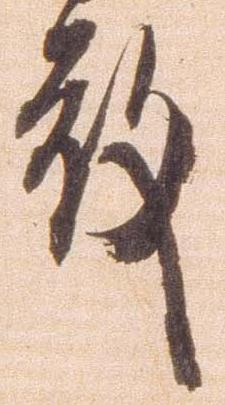
殿